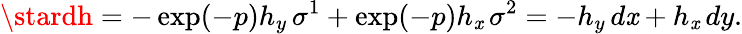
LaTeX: \stardh=-\exp(-p)h_{y}\, \sigma^{1}+\exp(-p)h_{\mathit{x}}\, \sigma^{2}=-h_{y}\, d\mathit{x}+h_{\mathit{x}}\, dy.